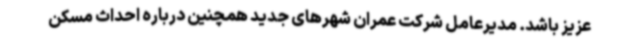
عزیز باشد. مدیرعامل شرکت عمران شهرهای جدید همچنین درباره احداث مسکن